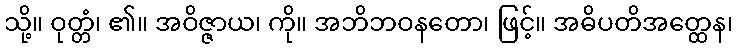
သို့။ ဝုတ္တံ၊ ၏။ အဝိဇ္ဇာယ၊ ကို။ အဘိဘဝနတော၊ ဖြင့်။ အဓိပတိအတ္ထေန၊